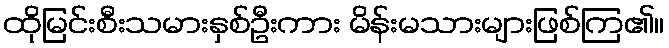
ထိုမြင်းစီးသမားနှစ်ဦးကား မိန်းမသားများဖြစ်ကြ၏။